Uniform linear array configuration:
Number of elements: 12
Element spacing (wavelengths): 0.5
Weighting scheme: kaiser
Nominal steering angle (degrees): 0
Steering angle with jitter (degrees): -1.492
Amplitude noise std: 0.05
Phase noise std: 0.05

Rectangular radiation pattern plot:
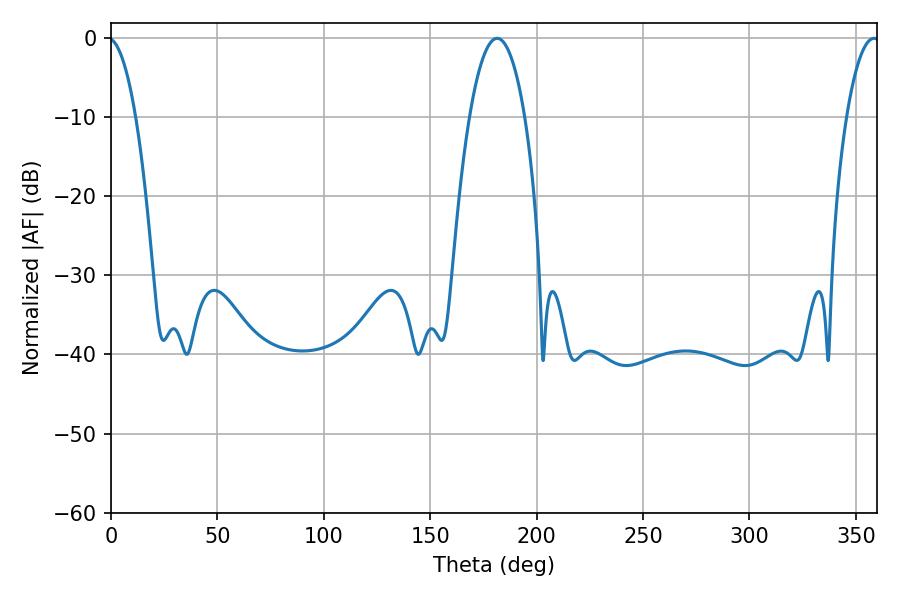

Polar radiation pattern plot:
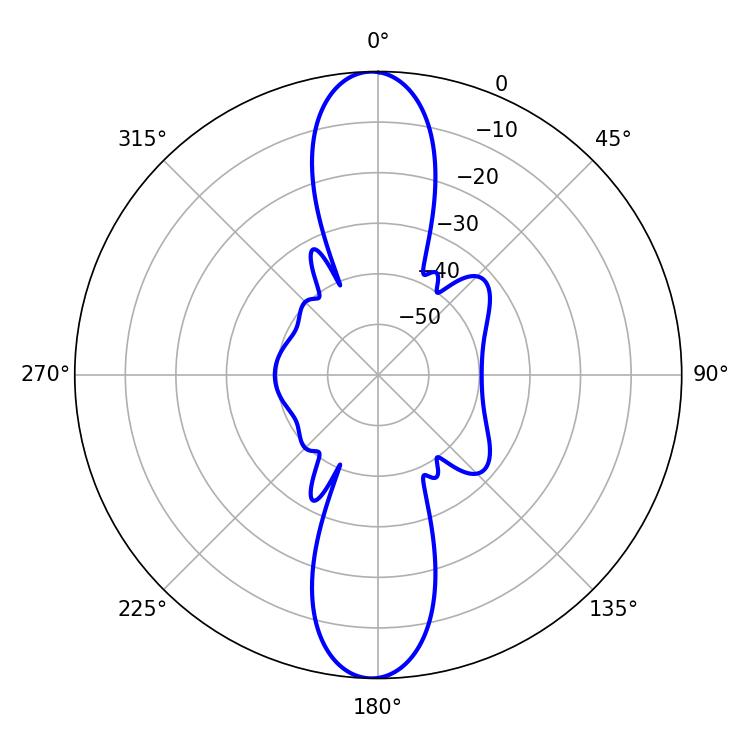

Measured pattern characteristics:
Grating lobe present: FALSE
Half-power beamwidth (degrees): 14.4
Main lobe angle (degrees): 181.44